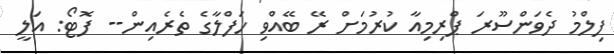
ފިލްމު ދެވަންސޫރަ ޕްރިމިއާ ކުރުމަށް ރޭ ބޭއްވި ހަފްލާގެ ތެރެއިން-- ފޮޓޯ: އަލީ